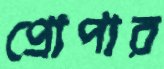
প্রোপার